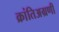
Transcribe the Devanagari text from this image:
क्रांतिअग्रणी